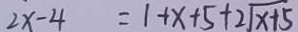
2 x - 4 = 1 + x + 5 + 2 \sqrt { x + 5 }